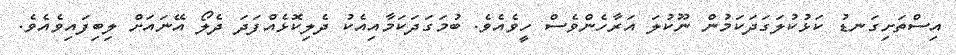
އިސްތަށިގަނޑު ކަޅުކުލަގަދަކަމުން ނޫކުލަ އަރާހެންވެސް ހީވެއެވެ. ބުމަގަދަކަމާއިއެކު ދެލިކޮޅެއްފަދަ ދެލޯ އޭނައަށް ލިބިފައިވެއެވެ.